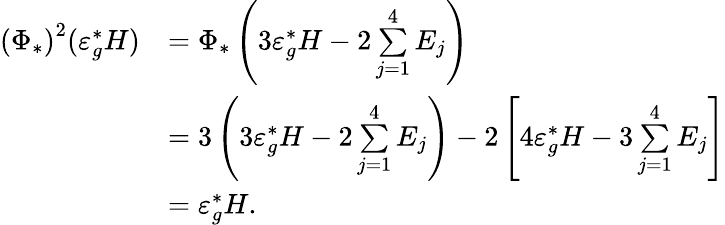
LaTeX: \begin{array}{rl}{\left(\Phi_{*}\right)^{2}(\varepsilon_{g}^{*}H)}&{=\Phi_{*}\left(3\varepsilon_{g}^{*}H-2\underset{j=1}{\overset{4}{\sum}}E_{j}\right)}\\ &{=3\left(3\varepsilon_{g}^{*}H-2\underset{j=1}{\overset{4}{\sum}}E_{j}\right)-2\left[4\varepsilon_{g}^{*}H-3\underset{j=1}{\overset{4}{\sum}}E_{j}\right]}\\ &{=\varepsilon_{g}^{*}H.}\end{array}